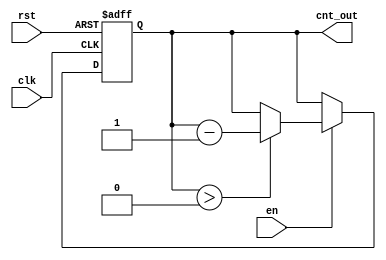
module down_counter_moore #(parameter N = 3) (
    input wire clk,
    input wire rst,
    input wire en,
    output reg [N-1:0] cnt_out
);

// State declaration
reg [N-1:0] current_state;

// Asynchronous reset and enable logic
always @(posedge clk or posedge rst) begin
    if (rst) begin
        // Reset to maximum count (2^N - 1)
        current_state <= (1 << N) - 1; // 2^N - 1
    end else if (en) begin
        // Down counting logic
        if (current_state > 0) begin
            current_state <= current_state - 1; // Decrement the state
        end
        // If current_state is 0, it remains at 0
    end
end

// Output logic (Moore machine output depends on current state)
always @(current_state) begin
    cnt_out = current_state;
end

endmodule